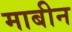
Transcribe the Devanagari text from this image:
माबीन